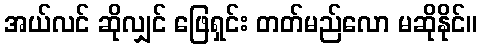
အယ်လင် ဆိုလျှင် ဖြေရှင်း တတ်မည်လော မဆိုနိုင်။